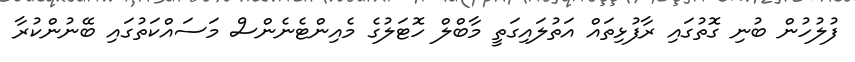
ފުލުހުން ބުނި ގޮތުގައި ރާފުޅިތައް އަތުލައިގަތީ މާބްލް ހޮޓަލުގެ މެއިންޓެނެންސް މަސައްކަތުގައި ބޭނުންކުރާ